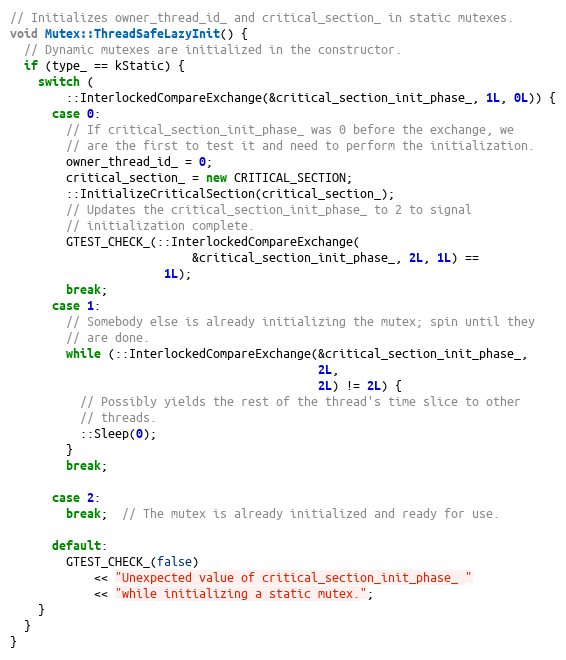
Language: C++
// Initializes owner_thread_id_ and critical_section_ in static mutexes.
void Mutex::ThreadSafeLazyInit() {
  // Dynamic mutexes are initialized in the constructor.
  if (type_ == kStatic) {
    switch (
        ::InterlockedCompareExchange(&critical_section_init_phase_, 1L, 0L)) {
      case 0:
        // If critical_section_init_phase_ was 0 before the exchange, we
        // are the first to test it and need to perform the initialization.
        owner_thread_id_ = 0;
        critical_section_ = new CRITICAL_SECTION;
        ::InitializeCriticalSection(critical_section_);
        // Updates the critical_section_init_phase_ to 2 to signal
        // initialization complete.
        GTEST_CHECK_(::InterlockedCompareExchange(
                          &critical_section_init_phase_, 2L, 1L) ==
                      1L);
        break;
      case 1:
        // Somebody else is already initializing the mutex; spin until they
        // are done.
        while (::InterlockedCompareExchange(&critical_section_init_phase_,
                                            2L,
                                            2L) != 2L) {
          // Possibly yields the rest of the thread's time slice to other
          // threads.
          ::Sleep(0);
        }
        break;

      case 2:
        break;  // The mutex is already initialized and ready for use.

      default:
        GTEST_CHECK_(false)
            << "Unexpected value of critical_section_init_phase_ "
            << "while initializing a static mutex.";
    }
  }
}